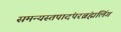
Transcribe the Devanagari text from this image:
समन्यस्तपादंपरब्रंह्मलिंगं